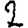
Digit: 2